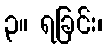
၃။ ရခြင်း၊